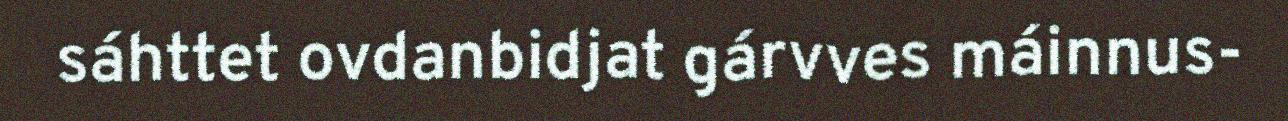
sáhttet ovdanbidjat gárvves máinnus-